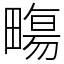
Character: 𤳈